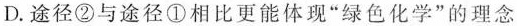
D. 途径②与途径①相比更能体现”绿色化学”的理念